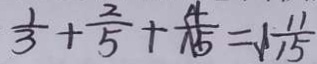
\frac { 1 } { 3 } + \frac { 2 } { 5 } + \frac { 4 } { 1 5 } = 1 \frac { 1 1 } { 1 5 }